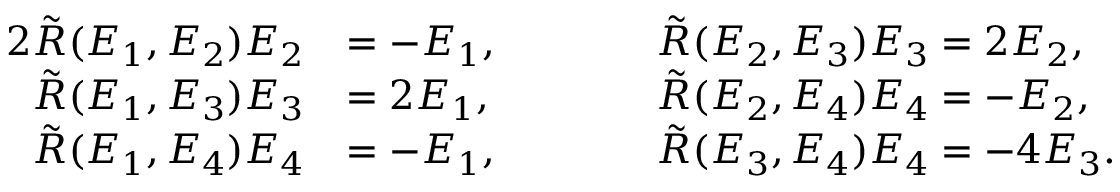
\begin{array} { r l r l } { { 2 } \tilde { R } ( E _ { 1 } , E _ { 2 } ) E _ { 2 } } & { = - E _ { 1 } , } & & { \qquad \tilde { R } ( E _ { 2 } , E _ { 3 } ) E _ { 3 } = 2 E _ { 2 } , } \\ { \tilde { R } ( E _ { 1 } , E _ { 3 } ) E _ { 3 } } & { = 2 E _ { 1 } , } & & { \qquad \tilde { R } ( E _ { 2 } , E _ { 4 } ) E _ { 4 } = - E _ { 2 } , } \\ { \tilde { R } ( E _ { 1 } , E _ { 4 } ) E _ { 4 } } & { = - E _ { 1 } , } & & { \qquad \tilde { R } ( E _ { 3 } , E _ { 4 } ) E _ { 4 } = - 4 E _ { 3 } . } \end{array}